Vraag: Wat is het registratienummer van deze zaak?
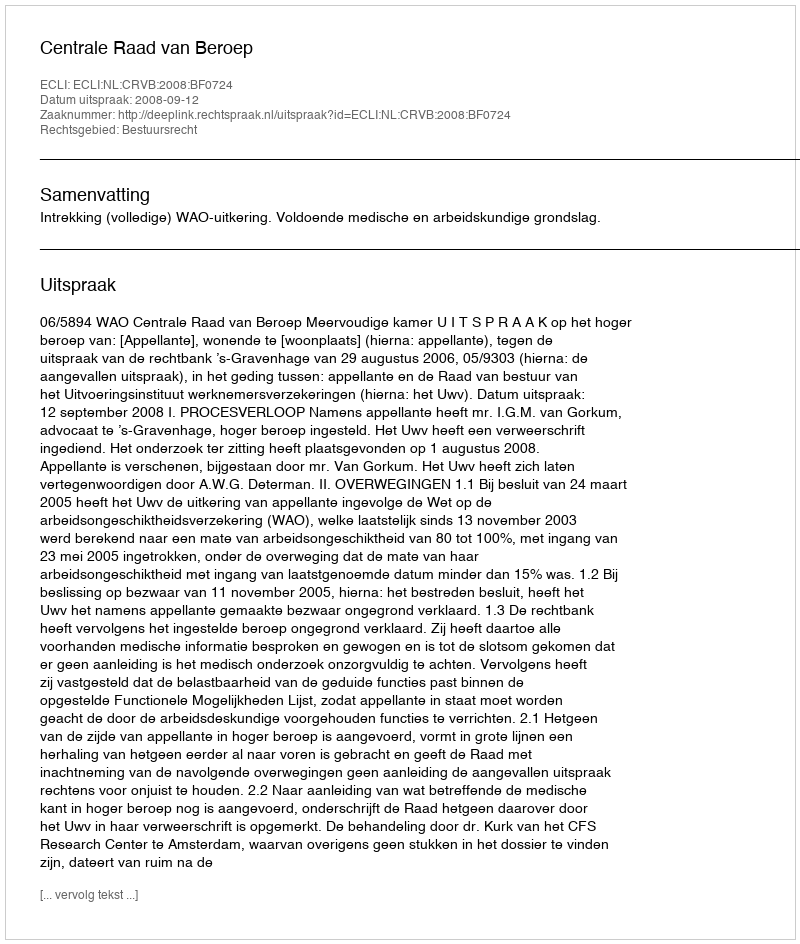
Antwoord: http://deeplink.rechtspraak.nl/uitspraak?id=ECLI:NL:CRVB:2008:BF0724